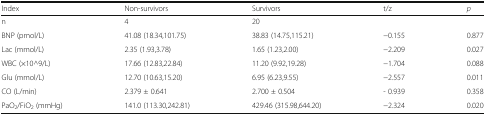
<table><thead><tr><td><b>Index</b></td><td><b>Non-survivors</b></td><td><b>Survivors</b></td><td><b>t/z</b></td><td><b><i>p</i></b></td></tr></thead><tbody><tr><td>n</td><td>4</td><td>20</td><td></td><td></td></tr><tr><td>BNP (pmol/L)</td><td>41.08 (18.34,101.75)</td><td>38.83 (14.75,115.21)</td><td>−0.155</td><td>0.877</td></tr><tr><td>Lac (mmol/L)</td><td>2.35 (1.93,3.78)</td><td>1.65 (1.23,2.00)</td><td>−2.209</td><td>0.027</td></tr><tr><td>WBC (×10^9/L)</td><td>17.66 (12.83,22.84)</td><td>11.20 (9.92,19.28)</td><td>−1.704</td><td>0.088</td></tr><tr><td>Glu (mmol/L)</td><td>12.70 (10.63,15.20)</td><td>6.95 (6.23,9.55)</td><td>−2.557</td><td>0.011</td></tr><tr><td>CO (L/min)</td><td>2.379 ± 0.641</td><td>2.700 ± 0.504</td><td>- 0.939</td><td>0.358</td></tr><tr><td>PaO<sub>2</sub>/FiO<sub>2</sub> (mmHg)</td><td>141.0 (113.30,242.81)</td><td>429.46 (315.98,644.20)</td><td>−2.324</td><td>0.020</td></tr></tbody></table>